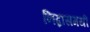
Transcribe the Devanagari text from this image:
निद्नासमयीं